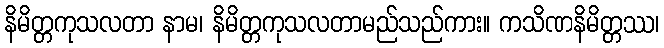
နိမိတ္တကုသလတာ နာမ၊ နိမိတ္တကုသလတာမည်သည်ကား။ ကသိဏနိမိတ္တဿ၊